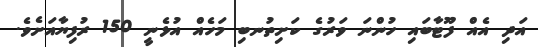
އަދި އެއް ފޫޓާބައި ހުންނަ ވަރުގެ ކަށިތުނބި މަހެއް އުޅެނީ 150 ރުފިޔާއަށެވެ.